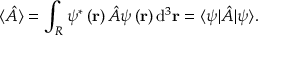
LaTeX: \langle { \hat { A } } \rangle = \int _ { R } \psi ^ { * } \left( \mathbf { r } \right) { \hat { A } } \psi \left( \mathbf { r } \right) \mathrm { d } ^ { 3 } \mathbf { r } = \langle \psi | { \hat { A } } | \psi \rangle .